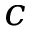
c